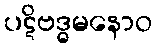
ပဋိဗဒ္ဓမနောဝ